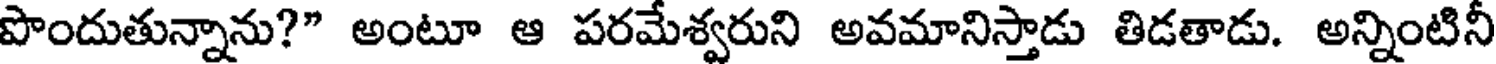
పొందుతున్నాను?" అంటూ ఆ పరమేశ్వరుని అవమానిస్తాడు తిడతాడు. అన్నింటినీ